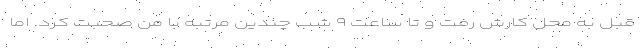
قبل به محل کارش رفت و تا ساعت ۹ شب چندین مرتبه با من صحبت کرد. اما